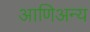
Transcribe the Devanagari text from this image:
आणिअन्य